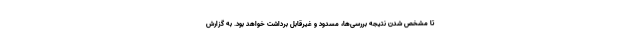
تا مشخص شدن نتیجه بررسی‌ها، مسدود و غیرقابل برداشت خواهد بود. به گزارش